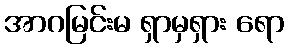
အာဂမြင်းမ ရှာမှရှား ရော